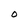
Character: O